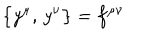
\bigl \{ y ^ { \mu } , \, y ^ { \nu } \bigr \} = f ^ { \mu \nu }